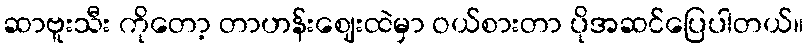
ဆာဗူးသီး ကိုတော့ တာဟန်းဈေးထဲမှာ ဝယ်စားတာ ပိုအဆင်ပြေပါတယ်။